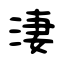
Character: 淒